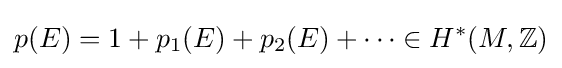
p(E)=1+p_{1}(E)+p_{2}(E)+\cdots \in H^{*}(M,\mathbb {Z} )